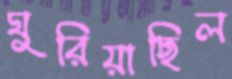
ঘুরিয়াছিল